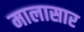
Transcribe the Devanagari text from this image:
मालासार